画像に写った文字を読んでください
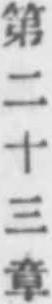
「第二十三章」と書いてあります